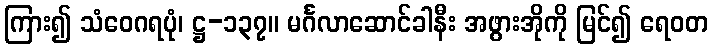
ကြား၍ သံဝေဂရပုံ၊ ဋ္ဌ-၁၃၇။ မင်္ဂလာဆောင်ခါနီး အဖွားအိုကို မြင်၍ ရေဝတ